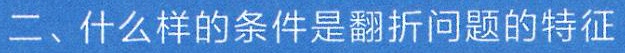
二、什么样的条件是翻折问题的特征